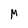
Character: M